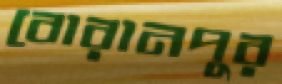
বোরানপুর